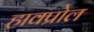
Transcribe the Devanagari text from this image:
हावप्रोल